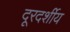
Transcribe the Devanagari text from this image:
दूरदर्शीय